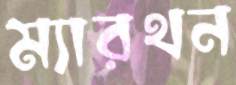
ম্যারথন